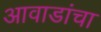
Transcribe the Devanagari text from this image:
आवाडांचा